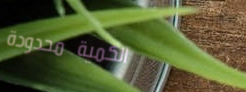
الكمية محدودة